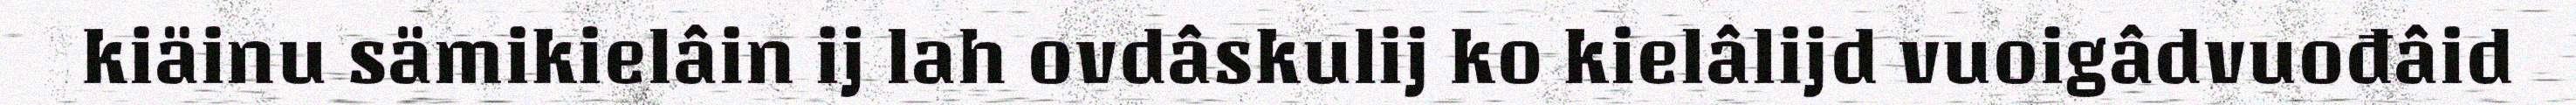
kiäinu sämikielâin ij lah ovdâskulij ko kielâlijd vuoigâdvuođâid